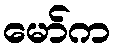
မော်က